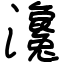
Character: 瀺